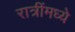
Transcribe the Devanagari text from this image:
रात्रींमध्ये